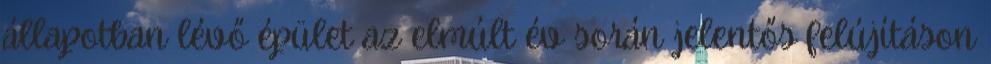
állapotban lévő épület az elmúlt év során jelentős felújításon